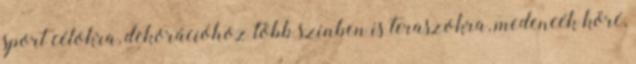
sport célokra, dekorációhoz több színben is teraszokra, medencék köré,